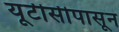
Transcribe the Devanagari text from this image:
यूटीसीपासून